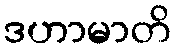
ဒဟာမာတိ